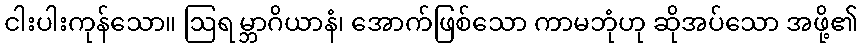
ငါးပါးကုန်သော။ ဩရမ္ဘာဂိယာနံ၊ အောက်ဖြစ်သော ကာမဘုံဟု ဆိုအပ်သော အဖို့၏